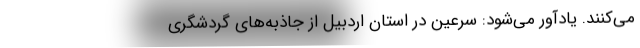
می‌کنند. یادآور می‌شود: سرعین در استان اردبیل از جاذبه‌های گردشگری